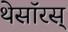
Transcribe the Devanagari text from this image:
थेसॉरस्